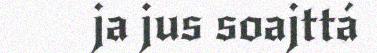
ja jus soajttá